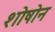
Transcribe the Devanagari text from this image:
शोषोन